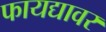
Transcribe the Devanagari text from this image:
फायद्यावर